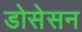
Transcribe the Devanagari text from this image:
डोसेसन